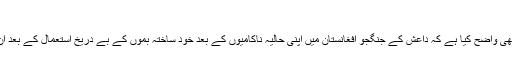
​
افغانستان ميں امريکی فوج کے کمانڈر جرنل جان ڈبليو نکلسن نے بھی واضح کيا ہے کہ داعش کے جنگجو افغانستان ميں اپنی حاليہ ناکاميوں کے بعد خود ساختہ بموں کے بے دريخ استعمال کے بعد ان زيرزمين سرنگوں کو اپنے فرار کے ليے استعمال کر رہے تھے۔